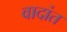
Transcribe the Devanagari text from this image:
वादांत